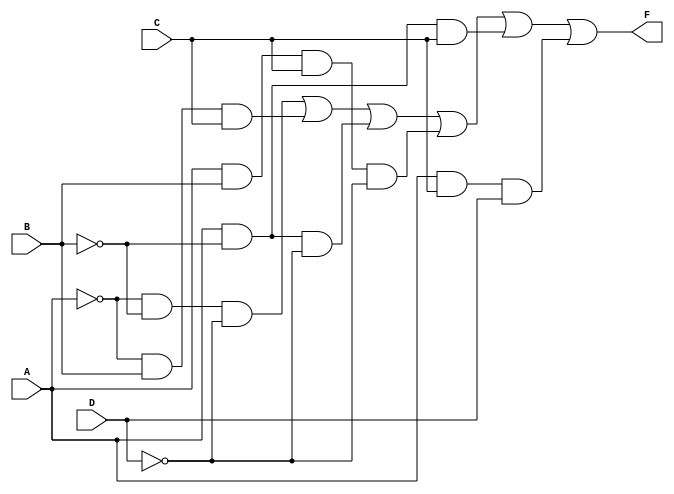
module kmap_f(A, B, C, D, F);
    input A; // Input A
    input B; // Input B
    input C; // Input C
    input D; // Input D
    output F; // Output F

    // Internal signals for simplification
    wire A_not, B_not, C_not, D_not;
    wire term1, term2, term3, term4, term5, term6;

    // NOT gates for input variables
    not (A_not, A);
    not (B_not, B);
    not (C_not, C);
    not (D_not, D);

    // Minterm calculations based on the K-map:
    assign term1 = A_not & B_not & D_not; // A'B'D'
    assign term2 = A_not & B & C;         // A'BC
    assign term3 = A & B_not & D_not;     // AB'D'
    assign term4 = A & B & C & D_not;     // ABCD'
    assign term5 = A & B_not & C;         // AB'C
    assign term6 = A & C & D;             // ACD

    // Final output F is the OR of all terms
    assign F = term1 | term2 | term3 | term4 | term5 | term6; 

endmodule